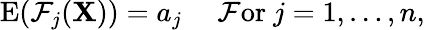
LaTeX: \operatorname{E}(\mathcal{F}_{j}(\mathbf{X}))=a_{j}\quad{\mathrm{{~\mathcal{F}or~}}}j=1,\ldots,n,